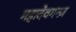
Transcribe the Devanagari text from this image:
महादेवगन्ज़